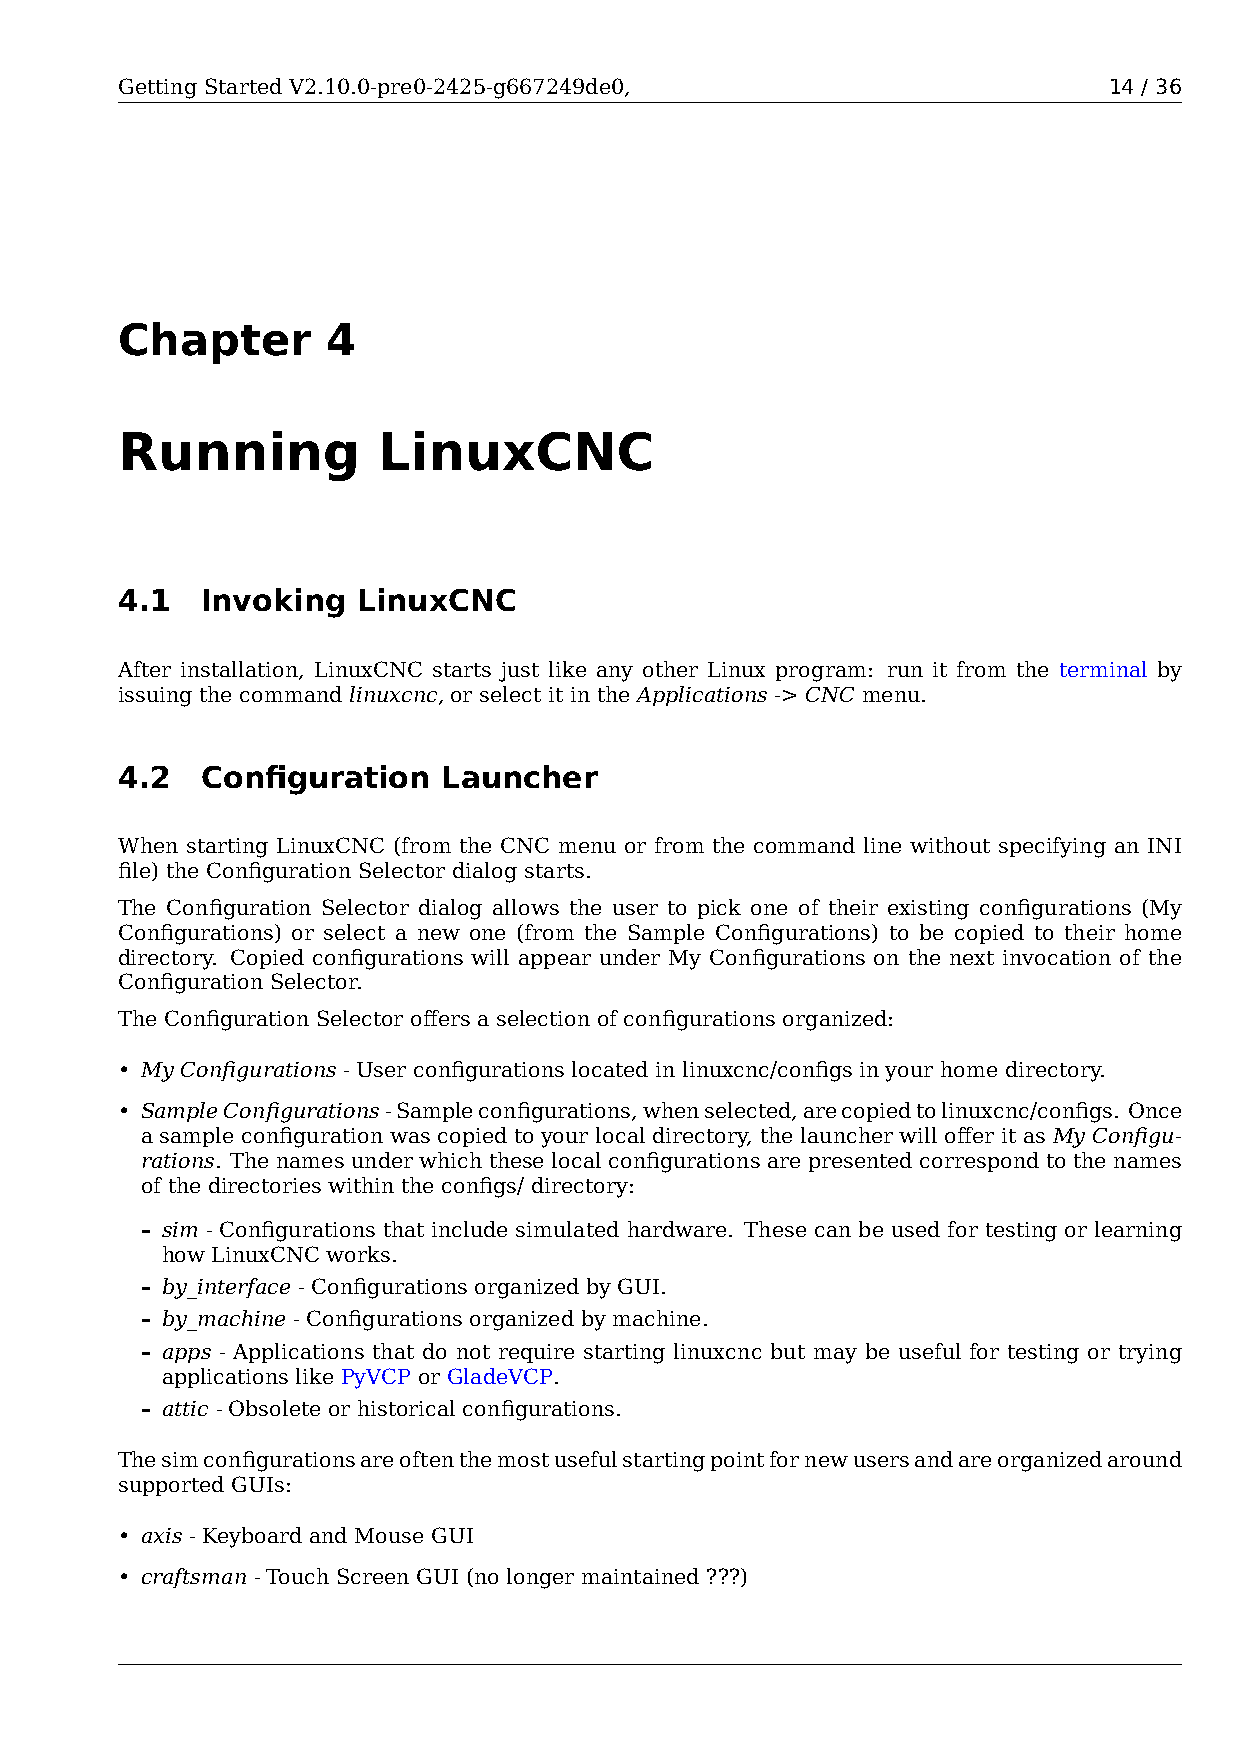
Getting Started V2.10.0-pre0-2425-g667249de0,                    14 / 36
 Chapter       4
 Running          LinuxCNC
 4.1  Invoking   LinuxCNC
 After installation, LinuxCNC starts just like any other Linux program: run it from the terminal by
 issuing the command linuxcnc, or select it in the Applications -> CNC menu.
 4.2  Configuration   Launcher
 When starting LinuxCNC (from the CNC menu or from the command line without specifying an INI
 file) the Configuration Selector dialog starts.
 The Configuration Selector dialog allows the user to pick one of their existing configurations (My
 Configurations) or select a new one (from the Sample Configurations) to be copied to their home
 directory. Copied configurations will appear under My Configurations on the next invocation of the
 Configuration Selector.
 The Configuration Selector offers a selection of configurations organized:
 • My Configurations - User configurations located in linuxcnc/configs in your home directory.
 • SampleConfigurations-Sampleconfigurations,whenselected,arecopiedtolinuxcnc/configs. Once
 a sample configuration was copied to your local directory, the launcher will offer it as My Configu-
 rations. The names under which these local configurations are presented correspond to the names
 of the directories within the configs/ directory:
 – sim - Configurations that include simulated hardware. These can be used for testing or learning
 how LinuxCNC works.
 – by_interface - Configurations organized by GUI.
 – by_machine - Configurations organized by machine.
 – apps - Applications that do not require starting linuxcnc but may be useful for testing or trying
 applications like PyVCP or GladeVCP.
 – attic - Obsolete or historical configurations.
 Thesimconfigurationsareoftenthemostusefulstartingpointfornewusersandareorganizedaround
 supported GUIs:
 • axis - Keyboard and Mouse GUI
 • craftsman - Touch Screen GUI (no longer maintained ???)